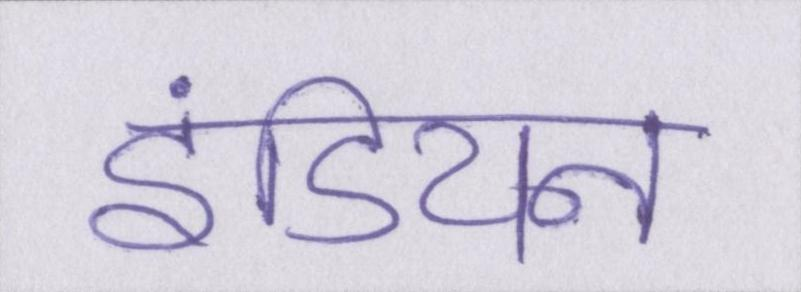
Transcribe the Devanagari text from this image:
इंडियन